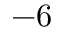
- 6